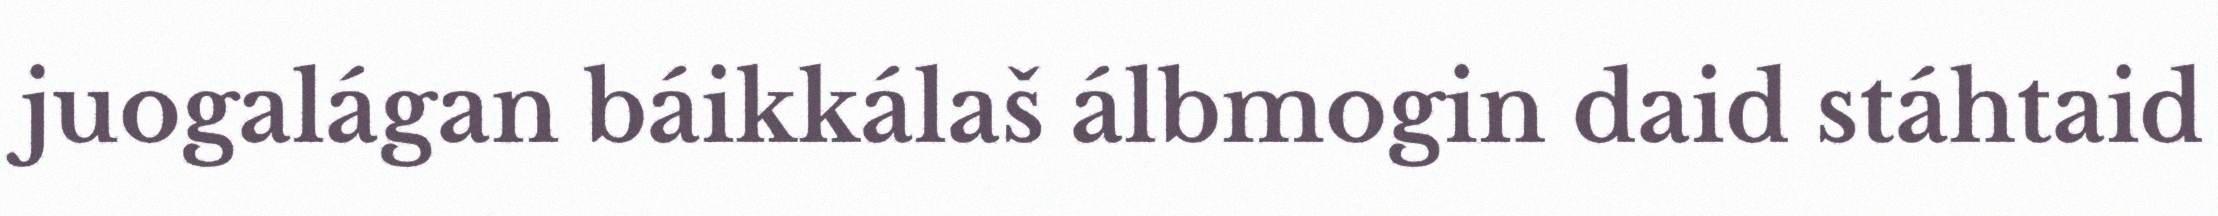
juogalágan báikkálaš álbmogin daid stáhtaid